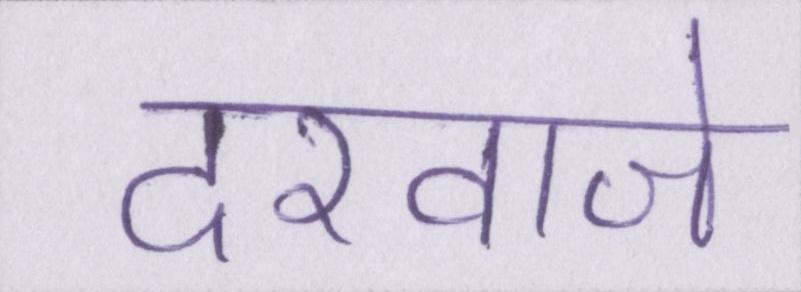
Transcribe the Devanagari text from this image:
दरवाजे